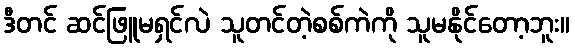
ဒီတင် ဆင်ဖြူမရှင်လဲ သူတင်တဲ့စစ်ကဲကို သူမနိုင်တော့ဘူး။